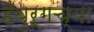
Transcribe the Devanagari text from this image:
हँबुर्गच्या